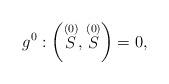
LaTeX: \begin{align*}g^{0}:\left( \stackrel{(0)}{S},\stackrel{(0)}{S}\right) =0, \end{align*}